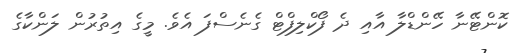
ކޮންޓޭނާ ހޭންޑްލާ އާއި ދެ ފޯކްލިފްޓް ގެނެސްފަ އެވެ. މީގެ އިތުރުން ލަންކާގެ